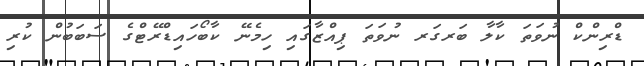
ޑްރިންކް ނުވަތަ ކާލާ ބަރގަރ ނުވަތަ ޕިއްޒާގައި ހިމެނޭ ކާބޯހައިޑްރޭޓްގެ ސަބަބުން ކުރި